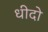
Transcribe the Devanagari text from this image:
धीदो